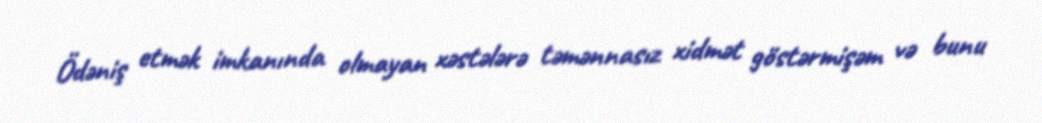
Ödəniş etmək imkanında olmayan xəstələrə təmənnasız xidmət göstərmişəm və bunu